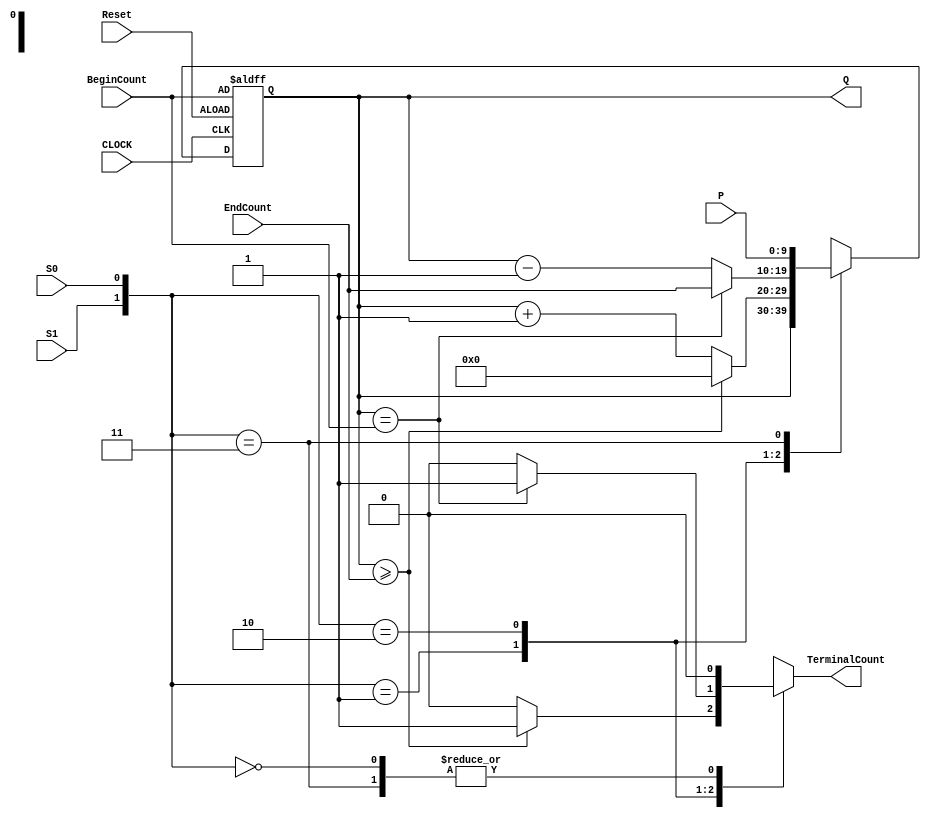
module UniversalCounter10bitsV5(P,BeginCount, EndCount, Q,S1,S0,TerminalCount, Reset, CLOCK) ;
parameter	length = 10;
input		S1, S0, Reset, CLOCK;
input	[length-1:0]	P, BeginCount, EndCount;
output 	reg [length-1:0]	Q;
output reg TerminalCount;	
reg	[length-1:0]	NextQ;
always @ (posedge CLOCK or posedge Reset)
	if(Reset==1)	Q <= BeginCount;
	else	Q<=NextQ;
always@(Q or S1 or S0 or P or EndCount or BeginCount)
	case ({S1,S0})
	2'b00:	begin NextQ <= Q;	TerminalCount<=0; end 
	2'b01:	begin if (Q>=EndCount) begin TerminalCount<=1; NextQ<=0; end
		else begin TerminalCount<=0; NextQ <= Q+1'b1;	end
		end 
	2'b10:	begin if (Q==BeginCount) begin TerminalCount<=1; NextQ<=EndCount; end
		else begin TerminalCount<=0; NextQ <= Q-1'b1;	end
		end 
	2'b11:	begin NextQ <= P; TerminalCount<=1'b0; end				
	endcase
endmodule